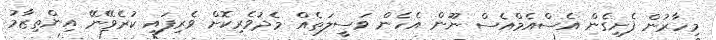
މިހާރުން ފެށިގެން އެސްއެމްއެސް ނޫން އެހެން ވަސީލަތެއް މެދުވެރިކޮށް ވެރިފައި ކުރެވޭނޭ އިންތިޒާމު